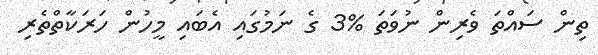
ތިން ސައްތަ ވެރިން ނުވަތަ %3 ގެ ނަމުގައި އެބައި މީހުން ހަރަކާތްތެރި